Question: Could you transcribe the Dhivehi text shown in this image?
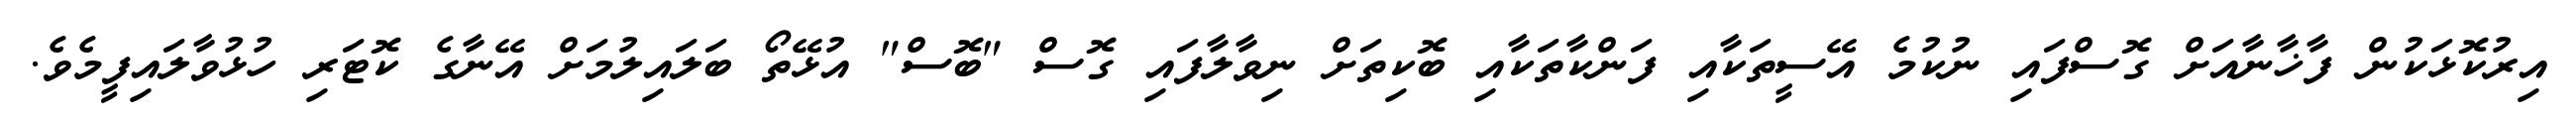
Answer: އިރުކޮޅަކުން ފާޚާނާއަށް ގޮސްފައި ނުކުމެ އޭސީތަކާއި ފަންކާތަކާއި ބޮކިތަށް ނިވާލާފައި ގޮސް "ބޮސް" އުޅޭތޯ ބަލައިލުމަށް އޭނާގެ ކޮޓަރި ހުޅުވާލައިފީމެވެ.